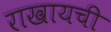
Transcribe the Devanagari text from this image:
राखायची